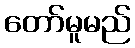
တော်မူမည်